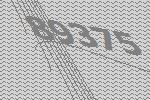
89375